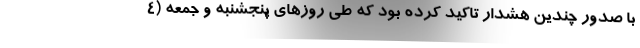
با صدور چندین هشدار تاکید کرده بود که طی روزهای پنجشنبه و جمعه (۴